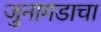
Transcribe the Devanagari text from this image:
जुनागडाचा